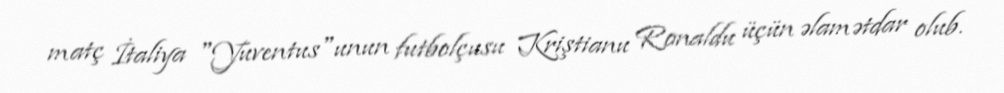
matç İtaliya "Yuventus"unun futbolçusu Kriştianu Ronaldu üçün əlamətdar olub.